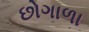
છોગાળા